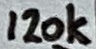
Text: 120k